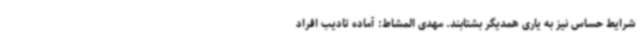
شرایط حساس نیز به یاری همدیگر بشتابند. مهدی المشاط: آماده تادیب افراد